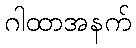
ဂါထာအနက်